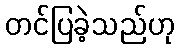
တင်ပြခဲ့သည်ဟု